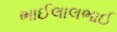
ભાઈલાલભાઈ